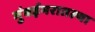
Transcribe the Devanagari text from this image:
मुंबईभरातल्या